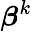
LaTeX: {\boldsymbol{\beta}}^{k}